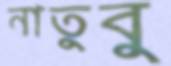
নাতুবু